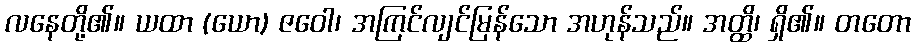
လနေတို့၏။ ယထာ (ယော) ဇဝေါ၊ အကြင်လျင်မြန်သော အဟုန်သည်။ အတ္ထိ၊ ရှိ၏။ တတော